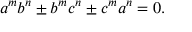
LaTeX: a ^ { m } b ^ { n } \pm b ^ { m } c ^ { n } \pm c ^ { m } a ^ { n } = 0 .